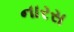
નારસ